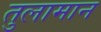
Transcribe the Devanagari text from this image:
तुलामान